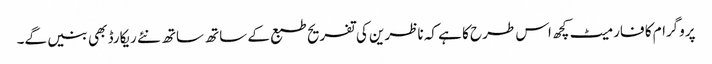
پروگرام کا فارمیٹ کچھ اس طرح کا ہے کہ ناظرین کی تفریح طبع کے ساتھ ساتھ نئے ریکارڈ بھی بنیں گے۔